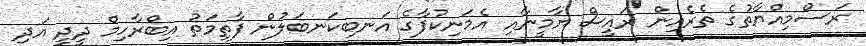
ރަސްމިއްޔާތުގެ ތެރެއިން ރައީސް ޔާމީނާއި އެމަނިކުފާގެ އަނބިކަނބަލުން ފާތިމަތު އިބްރާހިމް ދީދީ އަދި